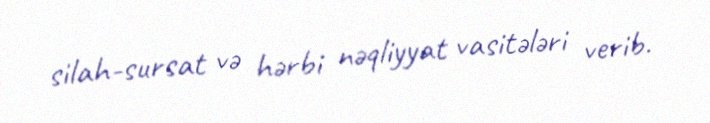
silah-sursat və hərbi nəqliyyat vasitələri verib.